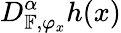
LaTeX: D_{\mathbb{F},\varphi_{x}}^{\alpha}h(x)